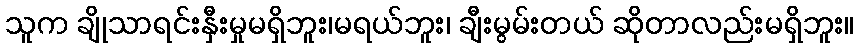
သူက ချိုသာရင်းနှီးမှုမရှိဘူး၊မရယ်ဘူး၊ ချီးမွမ်းတယ် ဆိုတာလည်းမရှိဘူး။